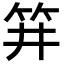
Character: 𥬆